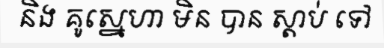
និង គូស្នេហា មិន បាន ស្តាប់ ទៅ